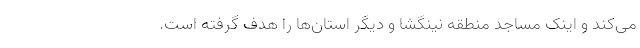
می‌کند و اینک مساجد منطقه نینگشا و دیگر استان‌ها را هدف گرفته است.